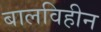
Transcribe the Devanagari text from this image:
बालविहीन